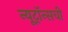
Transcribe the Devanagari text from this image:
न्यूट्रॉन्सची